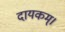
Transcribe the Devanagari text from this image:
दायकम्।